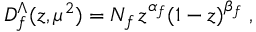
D _ { f } ^ { \Lambda } ( z , \mu ^ { 2 } ) = N _ { f } \, z ^ { \alpha _ { f } } ( 1 - z ) ^ { \beta _ { f } } \; ,